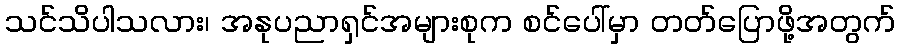
သင်သိပါသလား၊ အနုပညာရှင်အများစုက စင်ပေါ်မှာ တတ်ပြောဖို့အတွက်